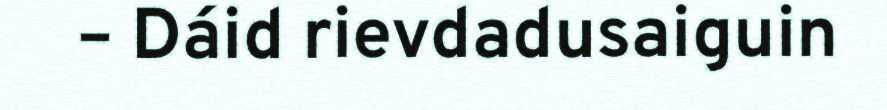
– Dáid rievdadusaiguin